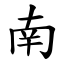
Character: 南